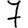
Digit: 7